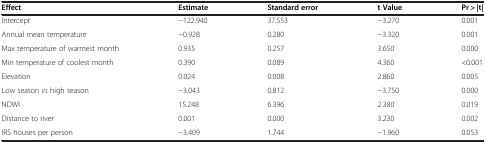
<table><thead><tr><td><b>Effect</b></td><td><b>Estimate</b></td><td><b>Standard error</b></td><td><b>t Value</b></td><td><b>Pr &gt; |t|</b></td></tr></thead><tbody><tr><td>Intercept</td><td>−122.940</td><td>37.553</td><td>−3.270</td><td>0.001</td></tr><tr><td>Annual mean temperature</td><td>−0.928</td><td>0.280</td><td>−3.320</td><td>0.001</td></tr><tr><td>Max temperature of warmest month</td><td>0.935</td><td>0.257</td><td>3.650</td><td>0.000</td></tr><tr><td>Min temperature of coolest month</td><td>0.390</td><td>0.089</td><td>4.360</td><td>&lt;0.001</td></tr><tr><td>Elevation</td><td>0.024</td><td>0.008</td><td>2.860</td><td>0.005</td></tr><tr><td>Low season <i>vs</i> high season</td><td>−3.043</td><td>0.812</td><td>−3.750</td><td>0.000</td></tr><tr><td>NDWI</td><td>15.248</td><td>6.396</td><td>2.380</td><td>0.019</td></tr><tr><td>Distance to river</td><td>0.001</td><td>0.000</td><td>3.230</td><td>0.002</td></tr><tr><td>IRS houses per person</td><td>−3.409</td><td>1.744</td><td>−1.960</td><td>0.053</td></tr></tbody></table>